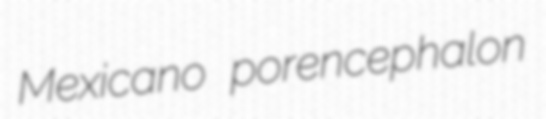
Mexicano porencephalon